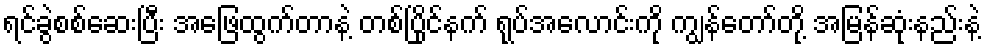
ရင်ခွဲစစ်ဆေးပြီး အဖြေထွက်တာနဲ့ တစ်ပြိုင်နက် ရုပ်အလောင်းကို ကျွန်တော်တို့ အမြန်ဆုံးနည်းနဲ့